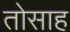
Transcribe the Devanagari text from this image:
तोसाह